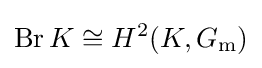
\operatorname {Br} K\cong H^{2}(K,G_{\text{m}})